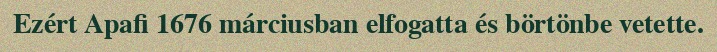
Ezért Apafi 1676 márciusban elfogatta és börtönbe vetette.